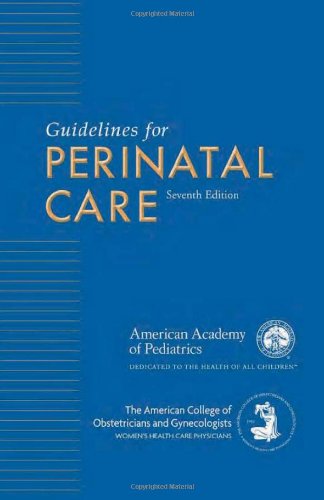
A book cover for Guidelines for Perinatal Care (Guidelines for Perinatal Care (Aap/Acog)); AAP Committee on Fetus and Newborn; Medical Books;